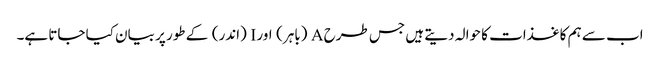
اب سے ہم کاغذات کا حوالہ دیتے ہیں جس طرح A (باہر) اور I (اندر) کے طور پر بیان کیا جاتا ہے۔